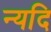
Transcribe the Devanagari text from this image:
न्यदि